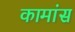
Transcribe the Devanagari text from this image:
कामांस